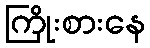
ကြိုးစားနေ